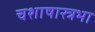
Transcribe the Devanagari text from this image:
चशाषास्त्रभा